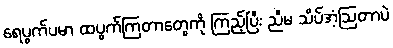
ရေပွက်ပမာ ထပွက်ကြတာတွေကို ကြည့်ပြီး ညီမ သိပ်အံ့ဩတာပဲ